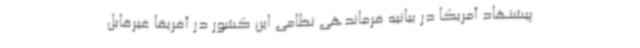
پیشنهاد آمریکا در بیانیه فرماندهی نظامی این کشور در آفریقا غیرقابل